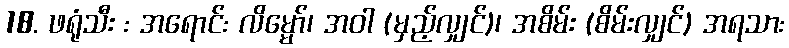
18. ဖရုံသီး : အရောင်: လိမ္မော်၊ အဝါ (မှည့်လျှင်)၊ အစိမ်း (စိမ်းလျှင်) အရသာ: